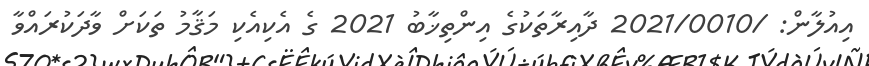
އިއުލާން: /2021/0010 ދާއިރާތަކުގެ އިންތިޚާބު 2021 ގެ އެކިއެކި މަޤާމު ތަކަށް ވާދަކުރައްވާ